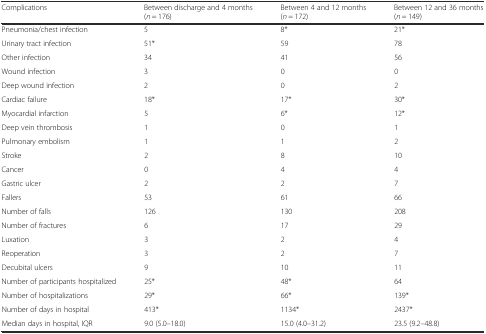
<table><thead><tr><td><b>Complications</b></td><td><b>Between discharge and 4 months (<i>n</i> = 176)</b></td><td><b>Between 4 and 12 months (<i>n</i> = 172)</b></td><td><b>Between 12 and 36 months (<i>n</i> = 149)</b></td></tr></thead><tbody><tr><td>Pneumonia/chest infection</td><td>5</td><td>8*</td><td>21*</td></tr><tr><td>Urinary tract infection</td><td>51*</td><td>59</td><td>78</td></tr><tr><td>Other infection</td><td>34</td><td>41</td><td>56</td></tr><tr><td>Wound infection</td><td>3</td><td>0</td><td>0</td></tr><tr><td>Deep wound infection</td><td>2</td><td>0</td><td>2</td></tr><tr><td>Cardiac failure</td><td>18*</td><td>17*</td><td>30*</td></tr><tr><td>Myocardial infarction</td><td>5</td><td>6*</td><td>12*</td></tr><tr><td>Deep vein thrombosis</td><td>1</td><td>0</td><td>1</td></tr><tr><td>Pulmonary embolism</td><td>1</td><td>1</td><td>2</td></tr><tr><td>Stroke</td><td>2</td><td>8</td><td>10</td></tr><tr><td>Cancer</td><td>0</td><td>4</td><td>4</td></tr><tr><td>Gastric ulcer</td><td>2</td><td>2</td><td>7</td></tr><tr><td>Fallers</td><td>53</td><td>61</td><td>66</td></tr><tr><td>Number of falls</td><td>126</td><td>130</td><td>208</td></tr><tr><td>Number of fractures</td><td>6</td><td>17</td><td>29</td></tr><tr><td>Luxation</td><td>3</td><td>2</td><td>4</td></tr><tr><td>Reoperation</td><td>3</td><td>2</td><td>7</td></tr><tr><td>Decubital ulcers</td><td>9</td><td>10</td><td>11</td></tr><tr><td>Number of participants hospitalized</td><td>25*</td><td>48*</td><td>64</td></tr><tr><td>Number of hospitalizations</td><td>29*</td><td>66*</td><td>139*</td></tr><tr><td>Number of days in hospital</td><td>413*</td><td>1134*</td><td>2437*</td></tr><tr><td>Median days in hospital, IQR</td><td>9.0 (5.0–18.0)</td><td>15.0 (4.0–31.2)</td><td>23.5 (9.2–48.8)</td></tr></tbody></table>